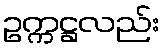
ဥက္ကဋ္ဌလည်း